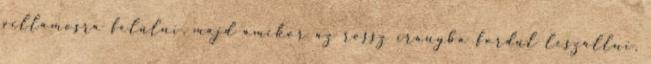
villamosra felülni, majd amikor az rossz irányba fordul leszállni,